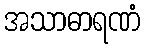
အသာဓာရဏံ